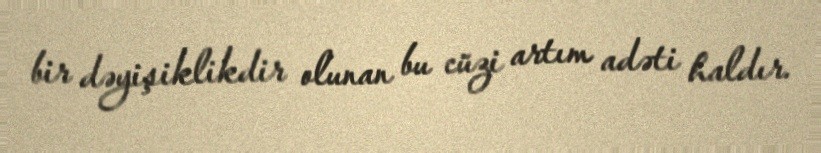
bir dəyişiklikdir olunan bu cüzi artım adəti haldır.